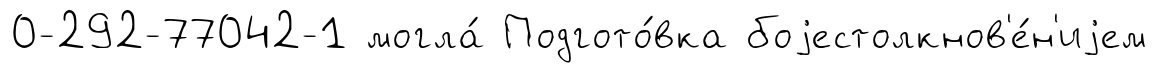
0-292-77042-1 могла́ Подгото́вка боjестолкнов'е́н'иjем